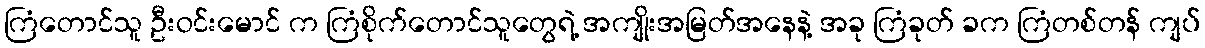
ကြံတောင်သူ ဦးဝင်းမောင် က ကြံစိုက်တောင်သူတွေရဲ့ အကျိုးအမြတ်အနေနဲ့ အခု ကြံခုတ် ခက ကြံတစ်တန် ကျပ်